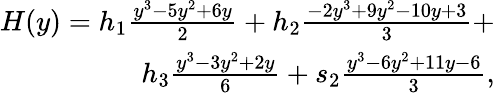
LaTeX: \begin{array}{r}{H(y)=h_{1}\frac{y^{3}-5y^{2}+6y}{2}+h_{2}\frac{-2y^{3}+9y^{2}-10y+3}{3}+}\\ {h_{3}\frac{y^{3}-3y^{2}+2y}{6}+s_{2}\frac{y^{3}-6y^{2}+11y-6}{3},}\end{array}